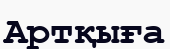
Артқыға